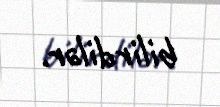
bilirdilər.